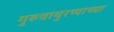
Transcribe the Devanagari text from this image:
गुरुवायुरप्पाच्या